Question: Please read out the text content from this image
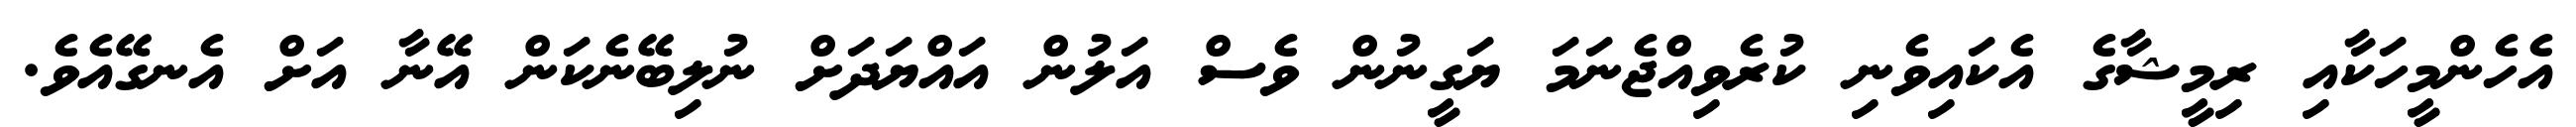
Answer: އެހެންމީހަކާއި ރިމީޝާގެ އެކައިވެނި ކުރެވިއްޖެނަމަ ޔަގީނުން ވެސް އަލުން އައްޔަދަށް ނުލިބޭނެކަން އޭނާ އަށް އެނގޭއެވެ.